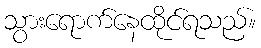
သွားရောက်နေထိုင်ရသည်။